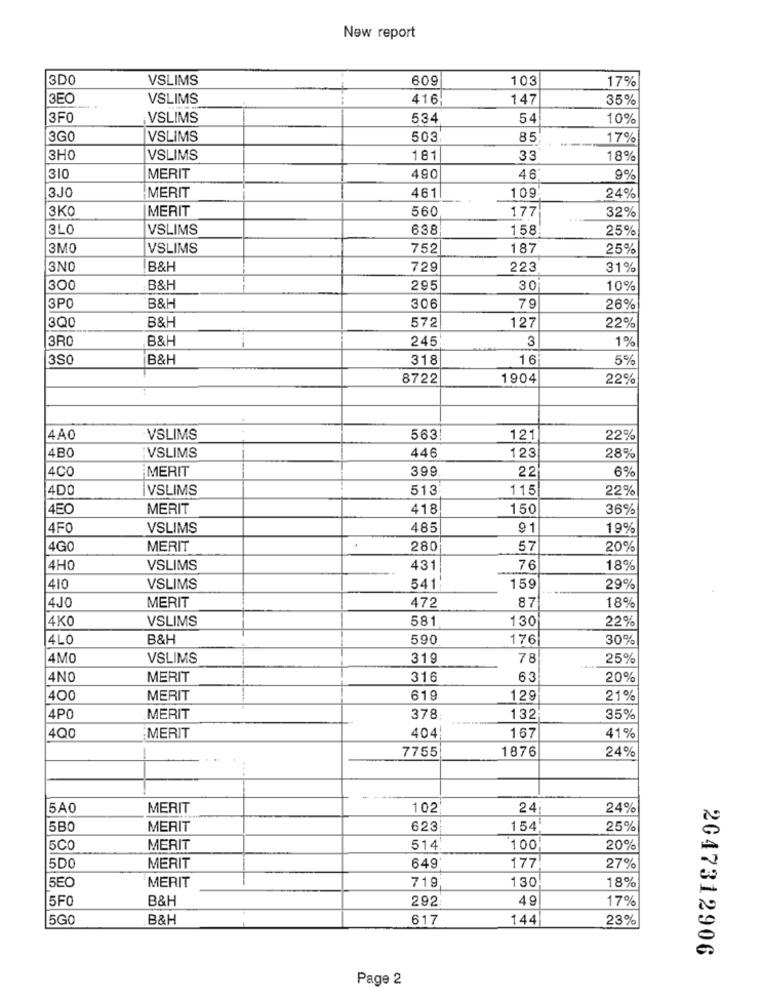
New report
3D0
VSLIMS
609
103
17%
3EO
VSLIMS
416
147
35%
3FO
VSLIMS
534
54
10%
13GO
VSLIMS
503
85
17%
3H0
VSLIMS
181
33
18%
1310
MERIT
490
46
9%
3J0
MERIT
109
461
24%
ЗКО
MERIT
560
17
32%
3LO
VSLIMS
638
158
25%
3MO
VSLIMS
752
187
25%
3NO
B&H
729
223
31%
300
B&H
295
30
10%
3PO
B&H
306
79
26%
B&H
572
22%
3Q0
127
3RO
B&H
245
3
1%
3SO
B&H
318
16
5%
8722
1904
22%
4A0
VSLIMS
563!
121
22%
VSLIMS
123
4BO
446
28%
4CC
MERIT
399
22
6%
4DO
VSLIMS
513
115
22%
4EO
MERIT
418
150
36%
4F0
VSLIMS
485
91
19%
4GO
MERIT
280
57
20%
4HO
VSLIMS
431
76
18%
410
VSLIMS
541
159
29%
MERIT
472
87
18%
4JO
VSLIMS
581
130
22%
4KO
14LO
B&H
590
176
30%
4MO
VSLIMS
319
78
25%
4NO
MERIT
316
63
20%
400
MERIT
619
129
21%
14PO
MERIT
378
132
35%
167
41%
4Q0
MERIT
404
7755
1876
24%
5A0
MERIT
102
24
24%
5BO
MERIT
623
154
25%
5CO
MERIT
514
100
20%
5DO
MERIT
649
177
27%
130
18%
5EO
MERIT
719
B&H
292
49
17%
15FO
15GO
B&H
617
144
23%
2047312906
Page 2